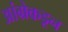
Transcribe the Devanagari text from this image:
आंग्रेकडून